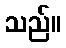
သည်။